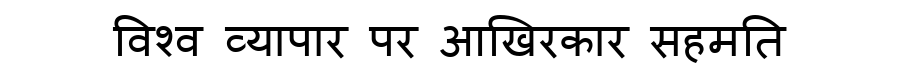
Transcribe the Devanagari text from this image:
विश्व व्यापार पर आखिरकार सहमति